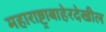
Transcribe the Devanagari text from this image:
महाराष्ट्राबाहेरदेखील